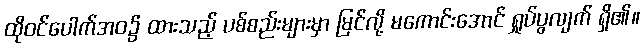
ထိုဝင်ပေါက်အဝ၌ ထားသည့် ပစ်စည်းများမှာ မြင်လို့ မကောင်းအောင် ရှုပ်ပွလျက် ရှိ၏။